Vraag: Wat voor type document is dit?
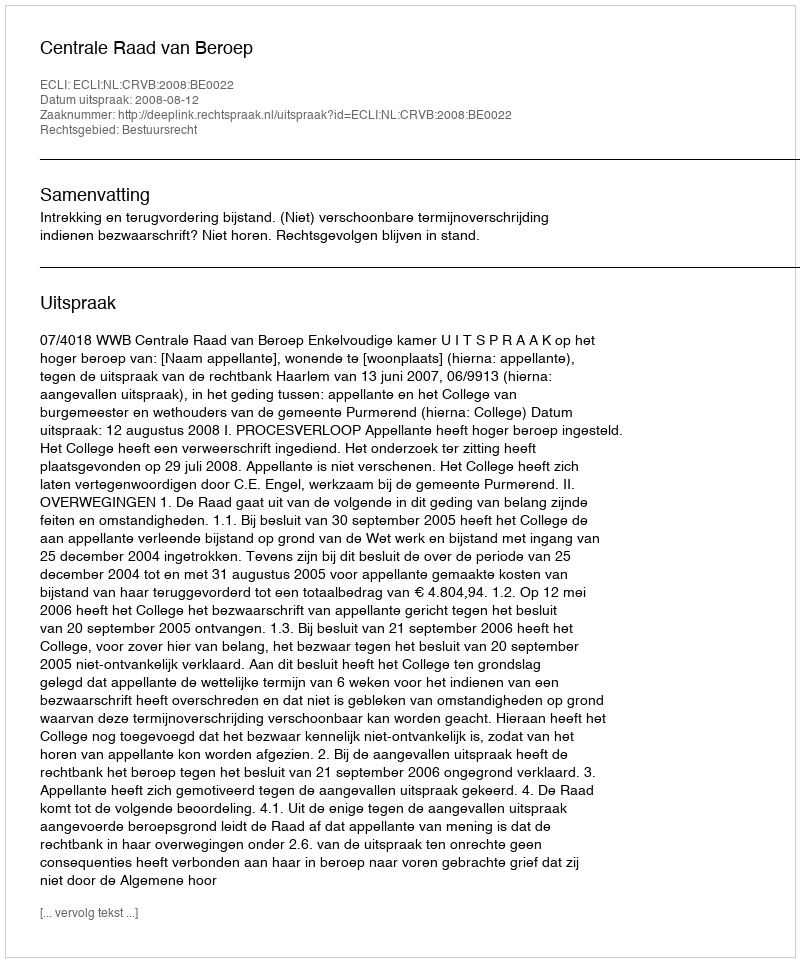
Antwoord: Uitspraak